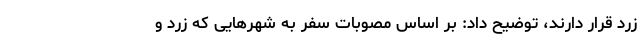
زرد قرار دارند، توضیح داد: بر اساس مصوبات سفر به شهر‌هایی که زرد و